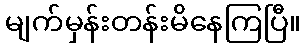
မျက်မှန်းတန်းမိနေကြပြီ။